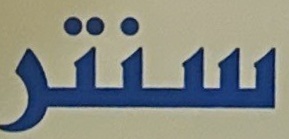
سنتر